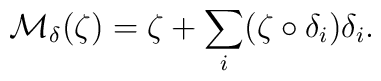
{\mathcal M}_\delta(\zeta)=\zeta+\sum_i(\zeta\circ\delta_i)\delta_i.